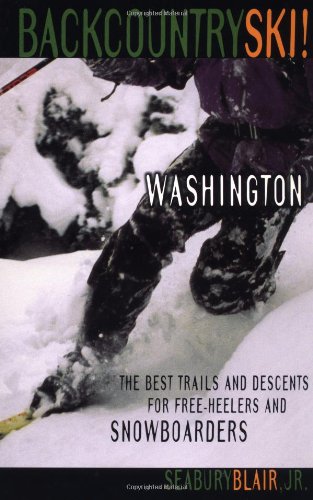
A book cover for Backcountry Ski! Washington: The Best Trails and Descents for Free-Heelers and Snowboarders; Seabury Blair Jr.; Sports & Outdoors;